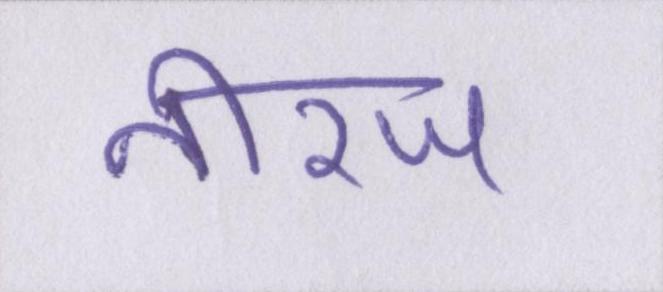
नीरज